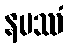
နမဿံ